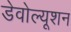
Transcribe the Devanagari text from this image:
डेवोल्यूशन